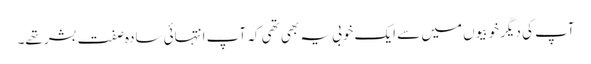
آپ کی دیگر خوبیوں میں سے ایک خوبی یہ بھی تھی کہ آپ انتہائی سادہ صفت بشر تھے۔